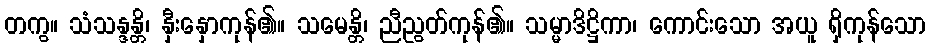
တကွ။ သံသန္ဒန္တိ၊ နှီးနှောကုန်၏။ သမေန္တိ၊ ညီညွတ်ကုန်၏။ သမ္မာဒိဋ္ဌိကာ၊ ကောင်းသော အယူ ရှိကုန်သော